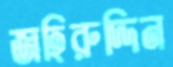
জহিরুদ্দিন